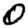
Digit: 0